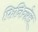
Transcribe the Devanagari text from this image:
फिनिन्ग्नेस